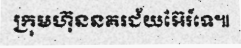
ក្រុមហ៊ុននគរជ័យអ៊ែរ៍ទេ៕